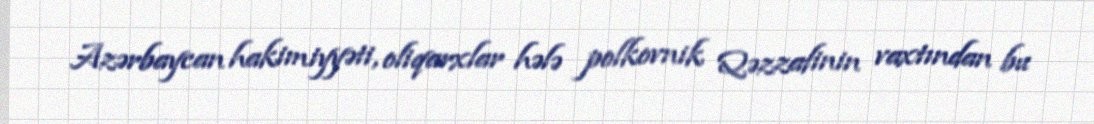
Azərbaycan hakimiyyəti, oliqarxlar hələ polkovnik Qəzzafinin vaxtından bu